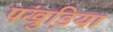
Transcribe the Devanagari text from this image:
पंखुडि़यां